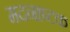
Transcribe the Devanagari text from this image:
मदनाष्टक